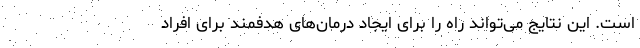
است. این نتایج می‌تواند راه را برای ایجاد درمان‌های هدفمند برای افراد